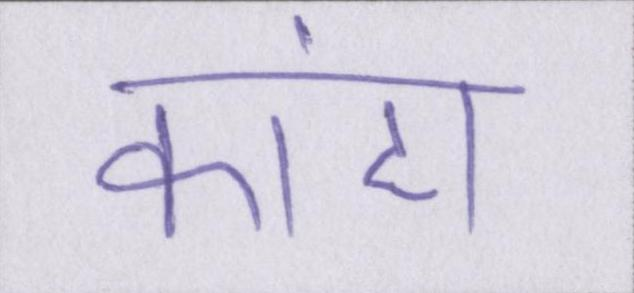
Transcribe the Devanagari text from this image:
कांटा